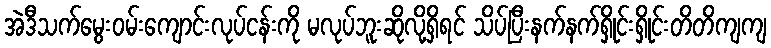
အဲဒီသက်မွေးဝမ်းကျောင်းလုပ်ငန်းကို မလုပ်ဘူးဆိုလို့ရှိရင် သိပ်ပြီးနက်နက်ရှိုင်းရှိုင်းတိတိကျကျ